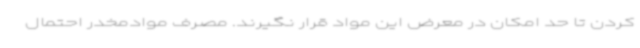
کردن تا حد امکان در معرض این مواد قرار نگیرند. مصرف موادمخدر احتمال